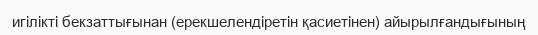
игілікті бекзаттығынан (ерекшелендіретін қасиетінен) айырылғандығының